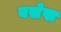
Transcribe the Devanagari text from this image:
बसेख